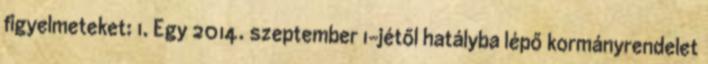
figyelmeteket: 1. Egy 2014. szeptember 1-jétől hatályba lépő kormányrendelet